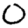
Digit: 0